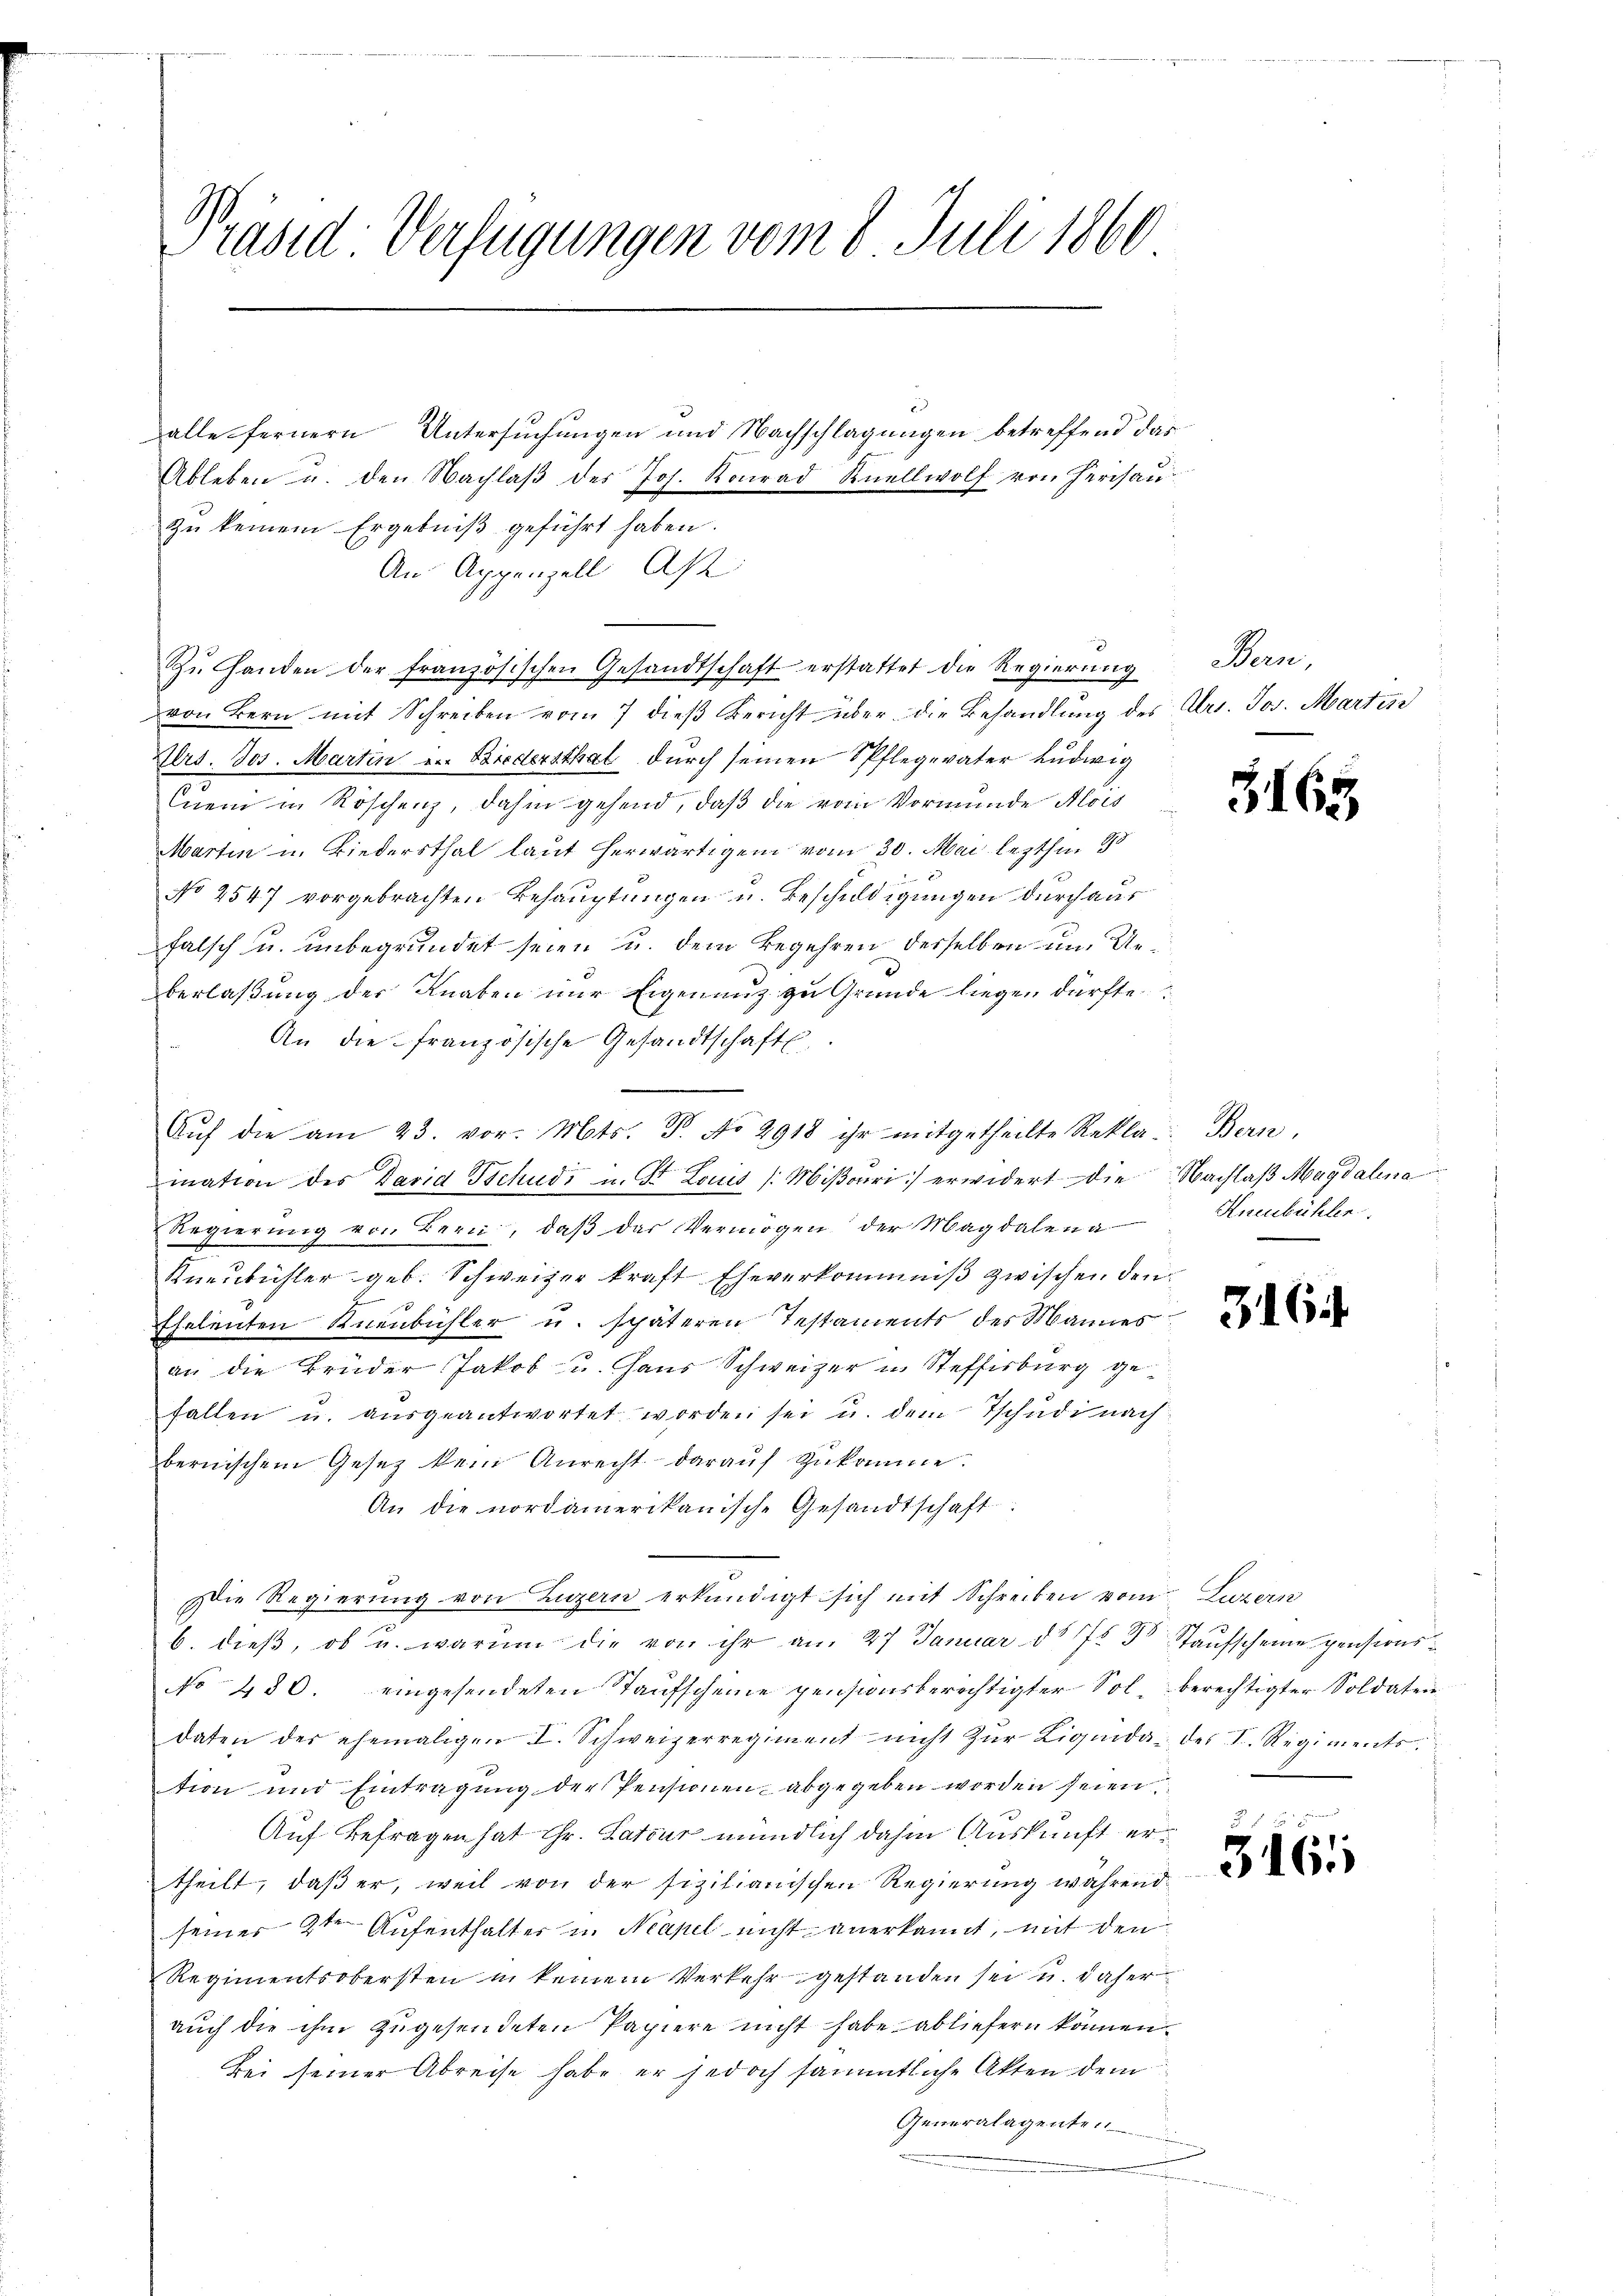
Präsid: Verfügungen vom 8. Juli 1860

alle fernern Untersuchungen und Nachschlagungen betreffend das
Ableben u. den Nachlaβ des Jos. Konrad Knellwolf von Herisau
zŭ keinem Ergebniβ geführt haben.
An Appenzell Ast
Zŭ Handen der französischen Gesandtschaft erstattet die Regierung
von Bern mit Schreiben vom 7 dieβ Bericht über die Behandlŭng des Art. Jos. Martin
ers. Jos. Martin in Biedersthat durch seinen Pflegeväter Ludwig
Queni in Röschenz, dahin gehend, daß die vom Vormunde Alois
Martin u. Biedersthal laut herwärtigem vom 30. Mai lezthin 18

No 2547 vorgebrachten Behauptungen u. Beschuldigungen durch aus
falsch u. unbegründet seien u. dem Begehren derselben um Unberlaßung der Knaben nur Eigenauz zu Grunde liegen dürfte
An die französische Gesandtschafts
Aŭf die am 23. vor. Mts. T. No 2918 ihr mitgetheilte Rekla Bern,
mation des David Tschudi u. St. Louis /: Miβoŭri) erwidert die Nachlaβ Magdalena
Regierŭng von Bern, daβ das Vermögen der Magdalena
Kneubühler geb. Schweizer kraft Eheverkommniß zwischen den

Ehelenten Knenbühler u. späteren Testaments des Mannes
an die Brüder Jakob u. Haus Schweizer in Steffisburg gefallen u. aŭsgeantwortet worden sei u. dem Tschudi nach
bernischem Gesetz kein Anrecht daraŭf zŭkomme.
An die nordamerikanische Gesandtschaft:
Die Regierŭng von Luzern erkundigt sich mit Schreiben vom Luzern
6. dieß, ob u. warum die von ihr am 27 Januar d. 7. Dr Staufscheine pensions¬
No 480. eingesendeten Taufscheine pensionsberichtigter Sol berechtigter Soldaten
daten der ehemaligen I. Schweizerregiment nicht zŭr Liquida des I. Regiments
tion und Eintragung der Pensionen abgegeben worden seien
Auf Befragen hat Hr. Satur mündlich dahin Auskunft ertheilt, daß er, weil von der sizilianischen Regierung während
seiner 2ten Aufenthalter u. Neapel nicht anerkannt, mit den
Regimentsobersten in keinem Verkehr gestanden sei u. daher
auch die ihm zugesendeten Papiere nicht habe abliefern können.
Bei seiner Abreise habe er jedoch sämmtliche Akten dem
Generalagenten
u

Bern,

3163

Hneubühler

316

361